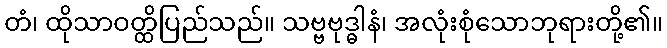
တံ၊ ထိုသာဝတ္ထိပြည်သည်။ သဗ္ဗဗုဒ္ဓါနံ၊ အလုံးစုံသောဘုရားတို့၏။